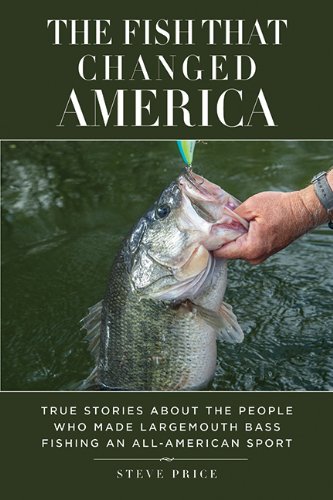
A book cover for The Fish That Changed America: True Stories about the People Who Made Largemouth Bass Fishing an All-American Sport; Steve Price; Humor & Entertainment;